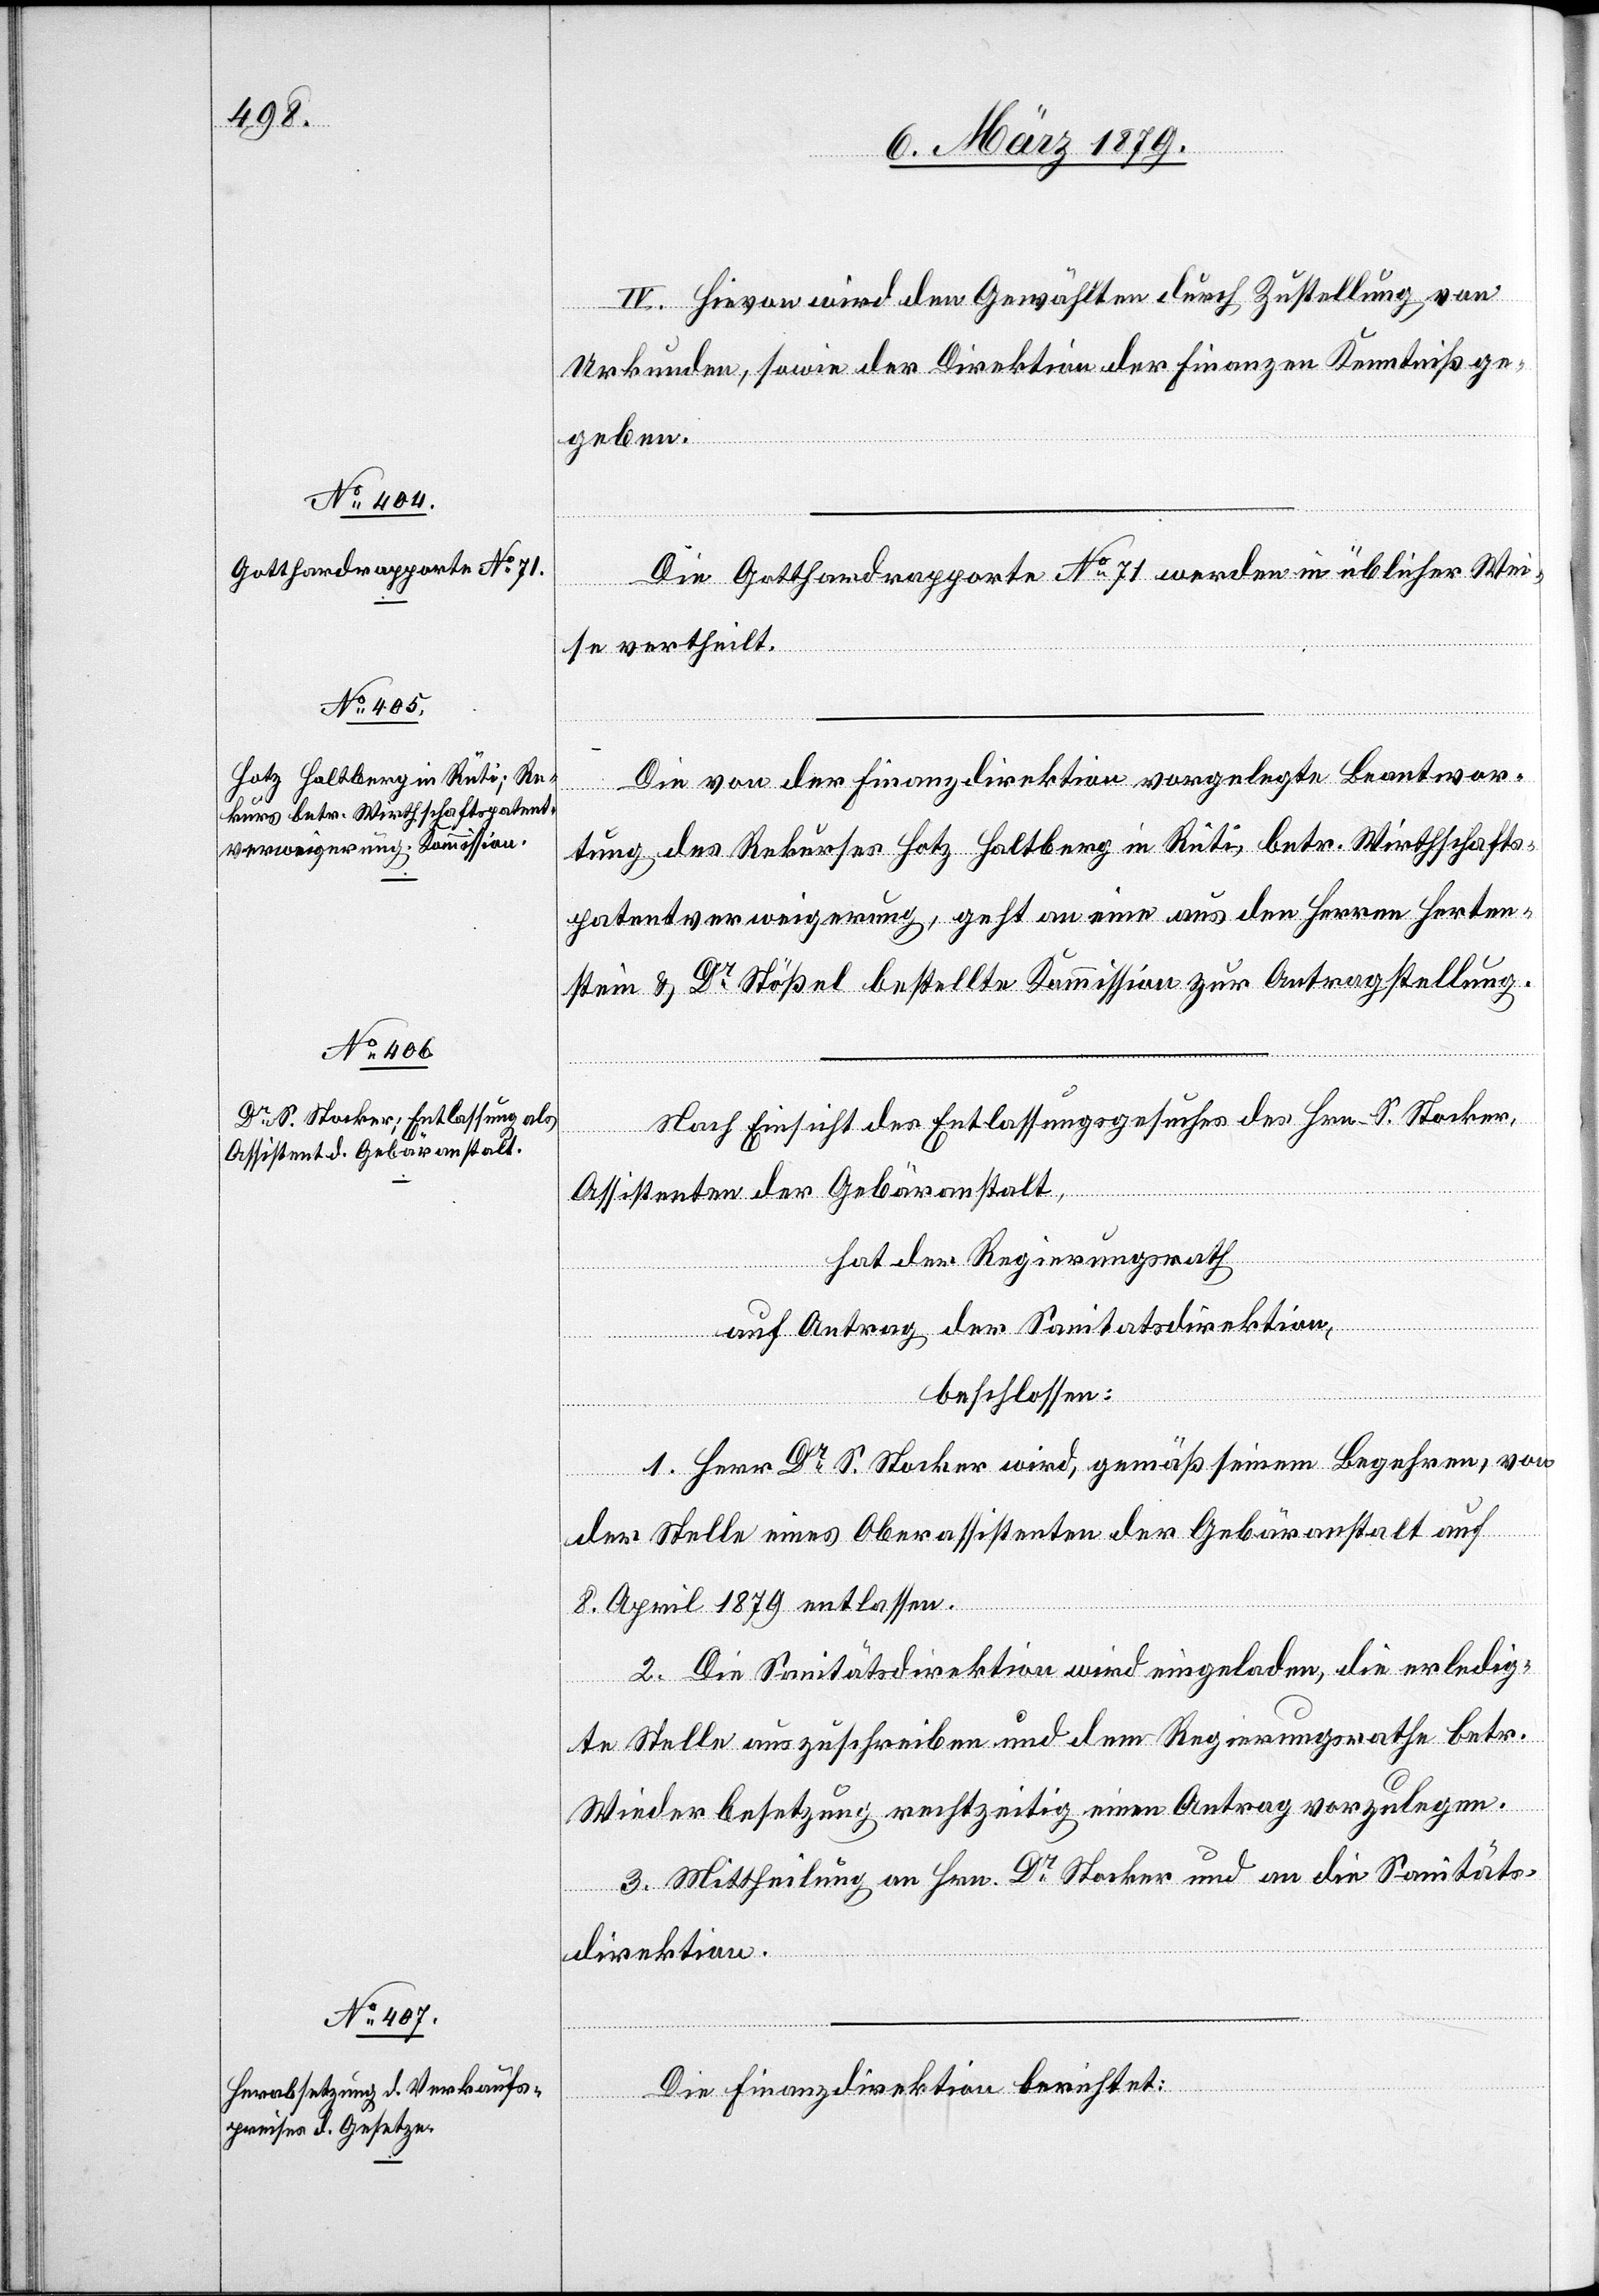
IV. Hievon wird den Gewählten durch Zustellung von
Urkunden, sowie der Direktion der Finanzen Kenntniß ge¬
geben.
Die Gotthardrapporte No 71 werden in üblicher Wei¬
se vertheilt.
Die von der Finanzdirektion vorgelegte Beantwor¬
tung des Rekurses Hotz Haltberg in Rüti, betr. Wirthschafts¬
patentverweigerung, geht an eine aus den Herren Herten¬
stein & Dr Stößel bestellte Kommission zur Antragstellung.
Nach Einsicht des Entlassungsgesuches des Hrn. S. Stocker,
Assistenten der Gebäranstalt,
hat der Regierungsrath
auf Antrag der Sanitätsdirektion,
beschlossen:
1. Herr Dr S. Stocker wird, gemäß seinem Begehren, von
der Stelle eines Oberassistenten der Gebäranstalt auf
8. April 1879 entlassen.
2. Die Sanitätsdirektion wird eingeladen, die erledig¬
te Stelle auszuschreiben und dem Regierungsrathe betr.
Wiederbesetzung rechtzeitig einen Antrag vorzulegen.
3. Mittheilung an Herrn Dr Stocker und an die Sanitäts¬
direktion.
Die Finanzdirektion berichtet: